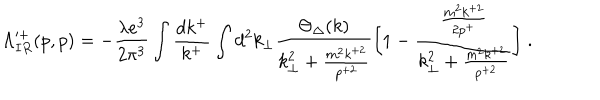
\Lambda _ { I R } ^ { \prime + } ( p , p ) = - { \frac { \lambda e ^ { 3 } } { 2 \pi ^ { 3 } } } \int { \frac { d k ^ { + } } { k ^ { + } } } \int d ^ { 2 } k _ { \perp } { \frac { \Theta _ { \Delta } ( k ) } { k _ { \perp } ^ { 2 } + { \frac { m ^ { 2 } k ^ { + 2 } } { p ^ { + 2 } } } } } \biggl [ 1 - { \frac { \frac { m ^ { 2 } k ^ { + 2 } } { 2 p ^ { + } } } { k _ { \perp } ^ { 2 } + { \frac { m ^ { 2 } k ^ { + 2 } } { p ^ { + 2 } } } } } \biggr ] \; .